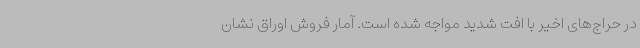
در حراج‌های اخیر با افت شدید مواجه شده است. آمار فروش اوراق نشان